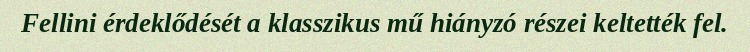
Fellini érdeklődését a klasszikus mű hiányzó részei keltették fel.